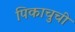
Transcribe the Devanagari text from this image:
पिकाचुची